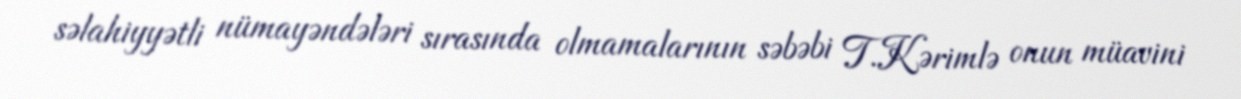
səlahiyyətli nümayəndələri sırasında olmamalarının səbəbi T.Kərimlə onun müavini